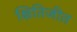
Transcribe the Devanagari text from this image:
क्षितिजीत